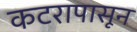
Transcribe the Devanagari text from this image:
कटरापासून